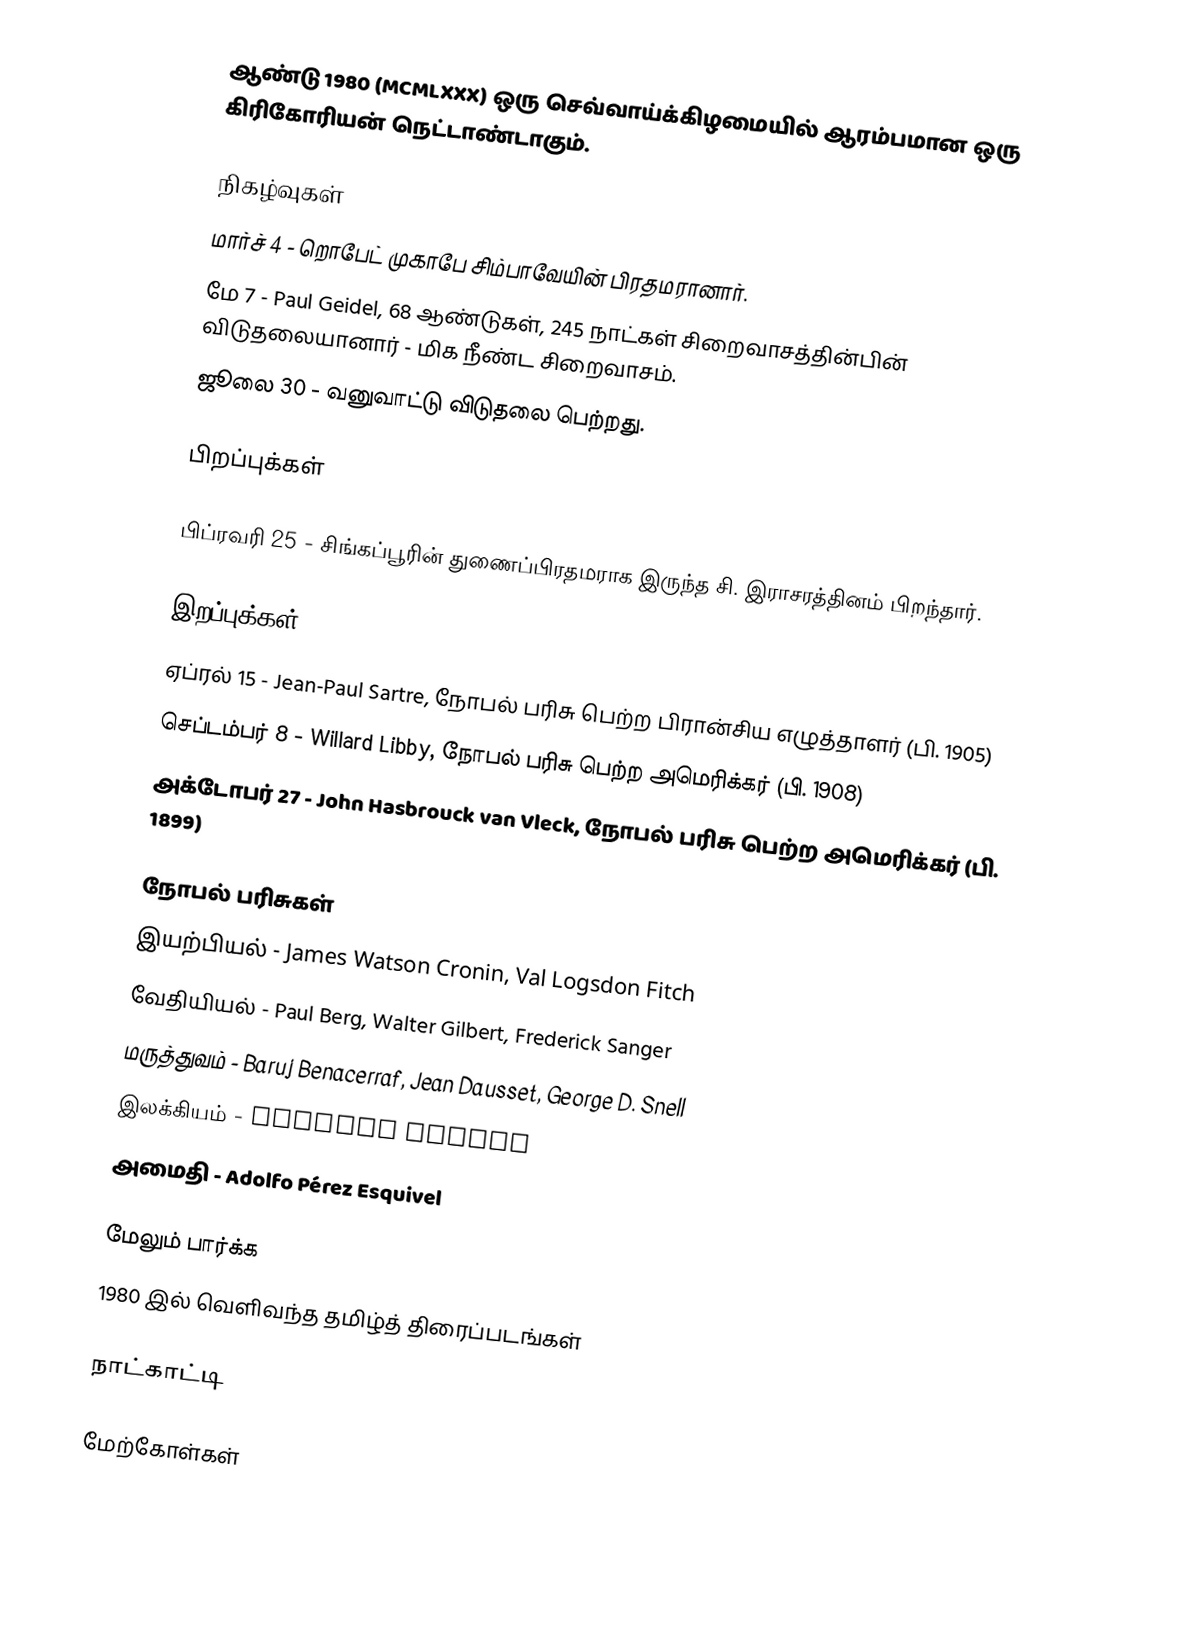
ஆண்டு 1980  (MCMLXXX) ஒரு செவ்வாய்க்கிழமையில் ஆரம்பமான ஒரு கிரிகோரியன் நெட்டாண்டாகும்.

நிகழ்வுகள்
 மார்ச் 4 - றொபேட் முகாபே சிம்பாவேயின் பிரதமரானார்.
 மே 7 - Paul Geidel,  68 ஆண்டுகள், 245 நாட்கள் சிறைவாசத்தின்பின் விடுதலையானார் - மிக நீண்ட சிறைவாசம்.
 ஜூலை 30 - வனுவாட்டு விடுதலை பெற்றது.

பிறப்புக்கள்

 பிப்ரவரி 25 - சிங்கப்பூரின் துணைப்பிரதமராக இருந்த  சி. இராசரத்தினம் பிறந்தார்.

இறப்புக்கள்
 ஏப்ரல் 15 - Jean-Paul Sartre, நோபல் பரிசு பெற்ற பிரான்சிய எழுத்தாளர் (பி. 1905)
 செப்டம்பர் 8 - Willard Libby, நோபல் பரிசு பெற்ற அமெரிக்கர் (பி. 1908)
 அக்டோபர் 27 - John Hasbrouck van Vleck, நோபல் பரிசு பெற்ற அமெரிக்கர் (பி. 1899)

நோபல் பரிசுகள்
 இயற்பியல் -  James Watson Cronin, Val Logsdon Fitch
 வேதியியல் - Paul Berg, Walter Gilbert, Frederick Sanger
 மருத்துவம் - Baruj Benacerraf, Jean Dausset, George D. Snell
 இலக்கியம் - Czesław Miłosz
 அமைதி - Adolfo Pérez Esquivel

மேலும் பார்க்க
 1980 இல் வெளிவந்த தமிழ்த் திரைப்படங்கள்

நாட்காட்டி

மேற்கோள்கள்